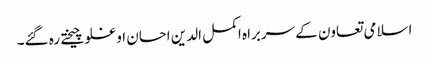
اسلامی تعاون کے سربراہ اکمل الدین احسان اوغلو چیختے رہ گئے۔